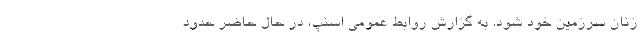
زنان سرزمین خود شود. به گزارش روابط عمومی اسنپ، در حال حاضر حدود